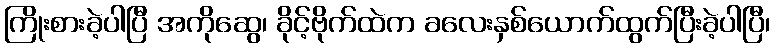
ကြိုးစားခဲ့ပါပြီ အကိုဆွေ၊ ခိုင့်ဗိုက်ထဲက ခလေးနှစ်ယောက်ထွက်ပြီးခဲ့ပါပြီ၊